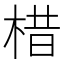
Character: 棤